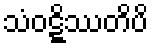
သံဝဋ္ဋိဿတိပိ